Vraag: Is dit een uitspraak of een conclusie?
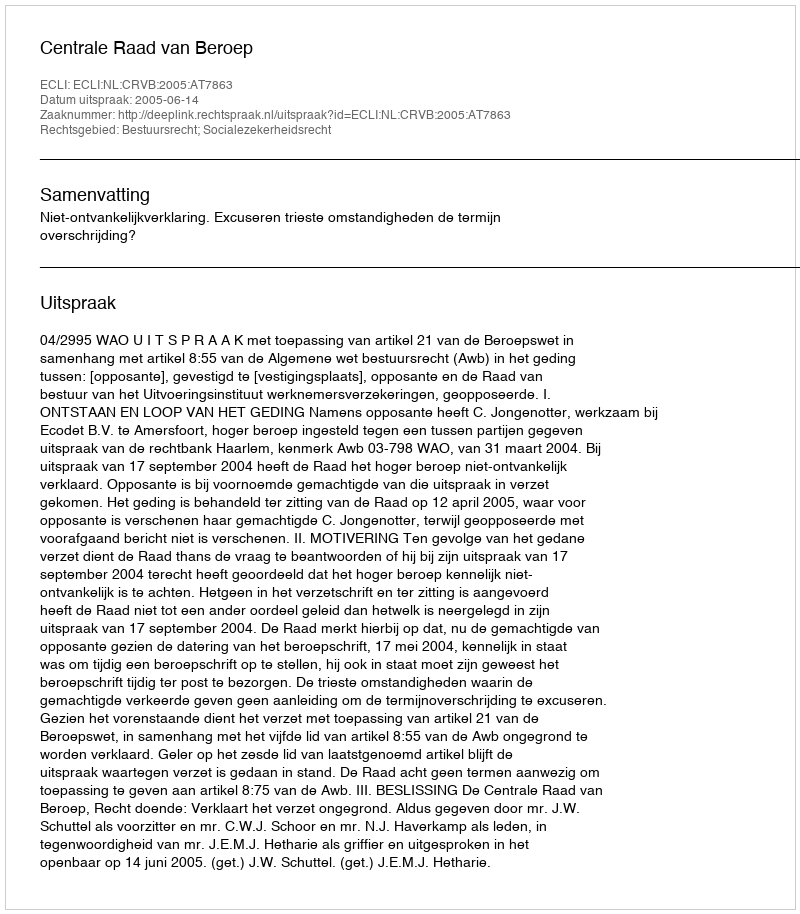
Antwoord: Uitspraak